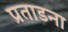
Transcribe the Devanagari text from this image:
प्रताडना